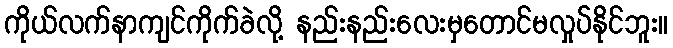
ကိုယ်လက်နာကျင်ကိုက်ခဲလို့ နည်းနည်းလေးမှတောင်မလှုပ်နိုင်ဘူး။